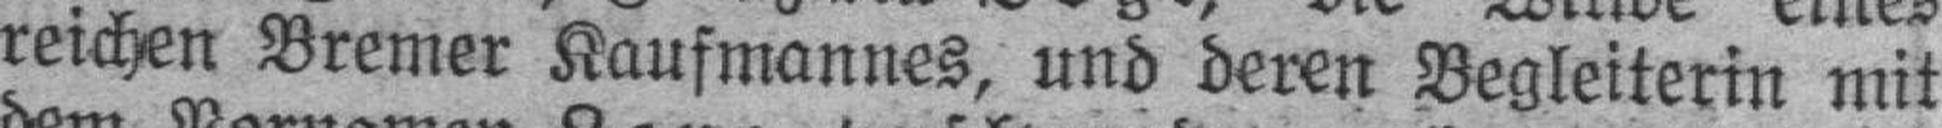
reichen Bremer Kaufmannes, und deren Begleiterin mit